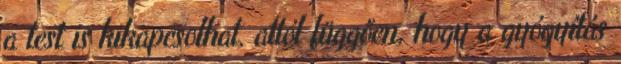
a test is kikapcsolhat, attól függően, hogy a gyógyítás